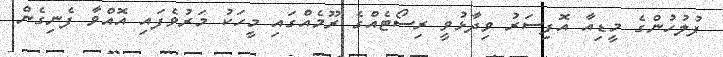
ފުލުހުންގެ މީޑިއާ އޮފިސަރު ވިދާޅުވީ ރިސޯޓެއްގެ ރޫމެއްގައި މީހަކު މަރުވެފައި އޮއްވާ ފެނިގެން